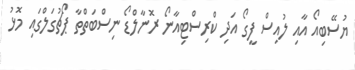
ޔުސޭބިއޯ އާއި ލުއިސް ފީގޯ އަދި ކްރިސްޓިއާނޯ ރޮނާލްޑޯ ނިސްބަތްތާ ޕޯޗުގަލްގައި މޮޅު